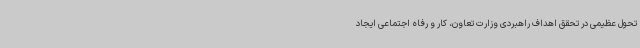
تحول عظیمی در تحقق اهداف راهبردی وزارت تعاون، کار و رفاه اجتماعی ایجاد